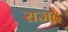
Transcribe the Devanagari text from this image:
राजद्वै